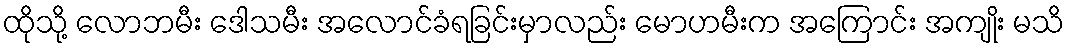
ထိုသို့ လောဘမီး ဒေါသမီး အလောင်ခံရခြင်းမှာလည်း မောဟမီးက အကြောင်း အကျိုး မသိ